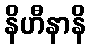
နိဟီနာနိ